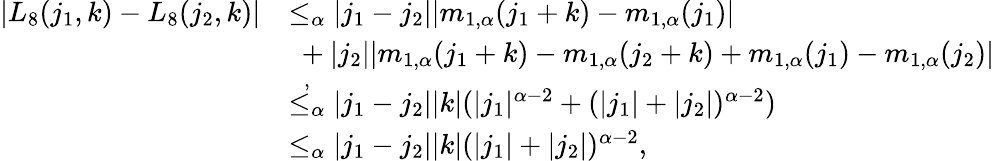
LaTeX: \begin{array}{rl}{|L_{8}(j_{1},k)-L_{8}(j_{2},k)|}&{\le_{\alpha}|j_{1}-j_{2}||m_{1,\alpha}(j_{1}+k)-m_{1,\alpha}(j_{1})|}\\ &{\ +|j_{2}||m_{1,\alpha}(j_{1}+k)-m_{1,\alpha}(j_{2}+k)+m_{1,\alpha}(j_{1})-m_{1,\alpha}(j_{2})|}\\ &{\overset{,}{\le_{\alpha}}|j_{1}-j_{2}||k|(|j_{1}|^{\alpha-2}+(|j_{1}|+|j_{2}|)^{\alpha-2})}\\ &{\le_{\alpha}|j_{1}-j_{2}||k|(|j_{1}|+|j_{2}|)^{\alpha-2},}\end{array}